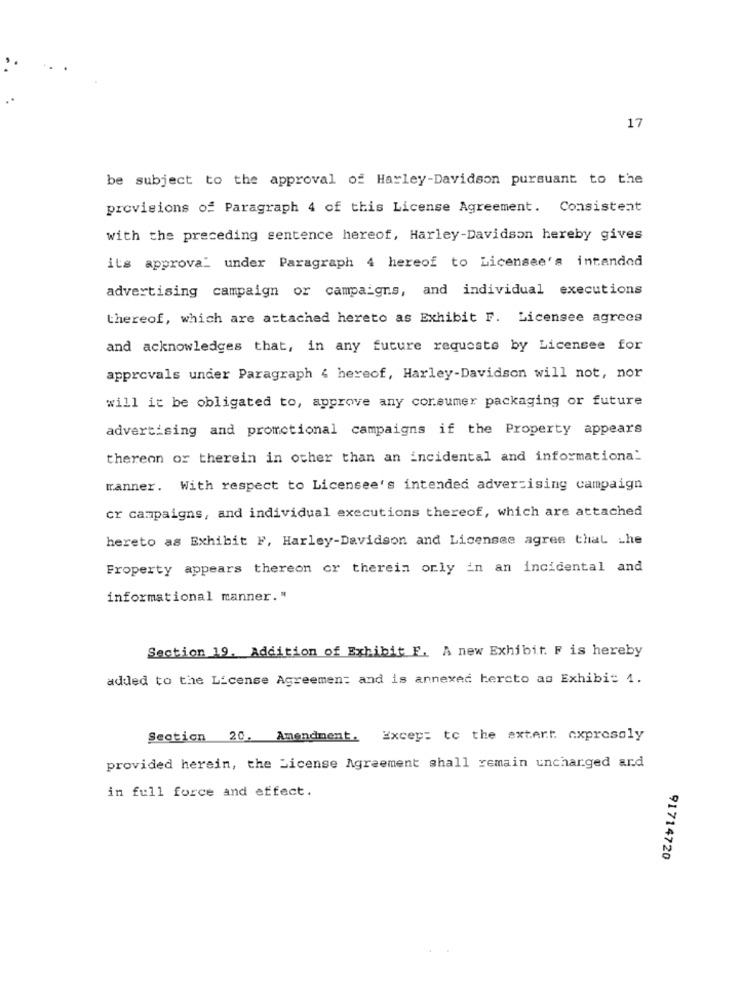
17
be subject to the approval of Harley-Davidson pursuant to the
provisions of Paragraph 4 of this License Agreement. Consistent
with the preceding sentence hereof, Harley-Davidson hereby gives
its approval under Paragraph 4 hereof to Licensee's intended
advertising campaign or campaigns, and individual executions
thereof, which are attached hereto as Exhibit F. Licensee agrees
and acknowledges that, in any future requeste by Licensee for
approvals under Paragraph { hereof, Harley-Davidson will not, nor
will it be obligated to, approve any corsumer packaging or future
advertising and promotional campaigns if the Property appears
thereon or therein in other than an incidental and informationa:
manner. With respect to Licensee's intended advertising campaign
cr campaigns, and individual executions thereof, which are attached
hereto as Exhibit F, Harley-Davidson and Licensee agree that the
Froperty appears thereon or therein orly in an incidental and
informational manner."
Section 19. Addition of Exhibit F. A new Exhibit. F is hereby
added to the License Agreement and is annexed hereto as Exhibit 1.
Section 20. Amendment. Excer: to the extert cxprosoly
provided herein, the License Agreement shall remain uncharged and
in full force and effect.
91714720